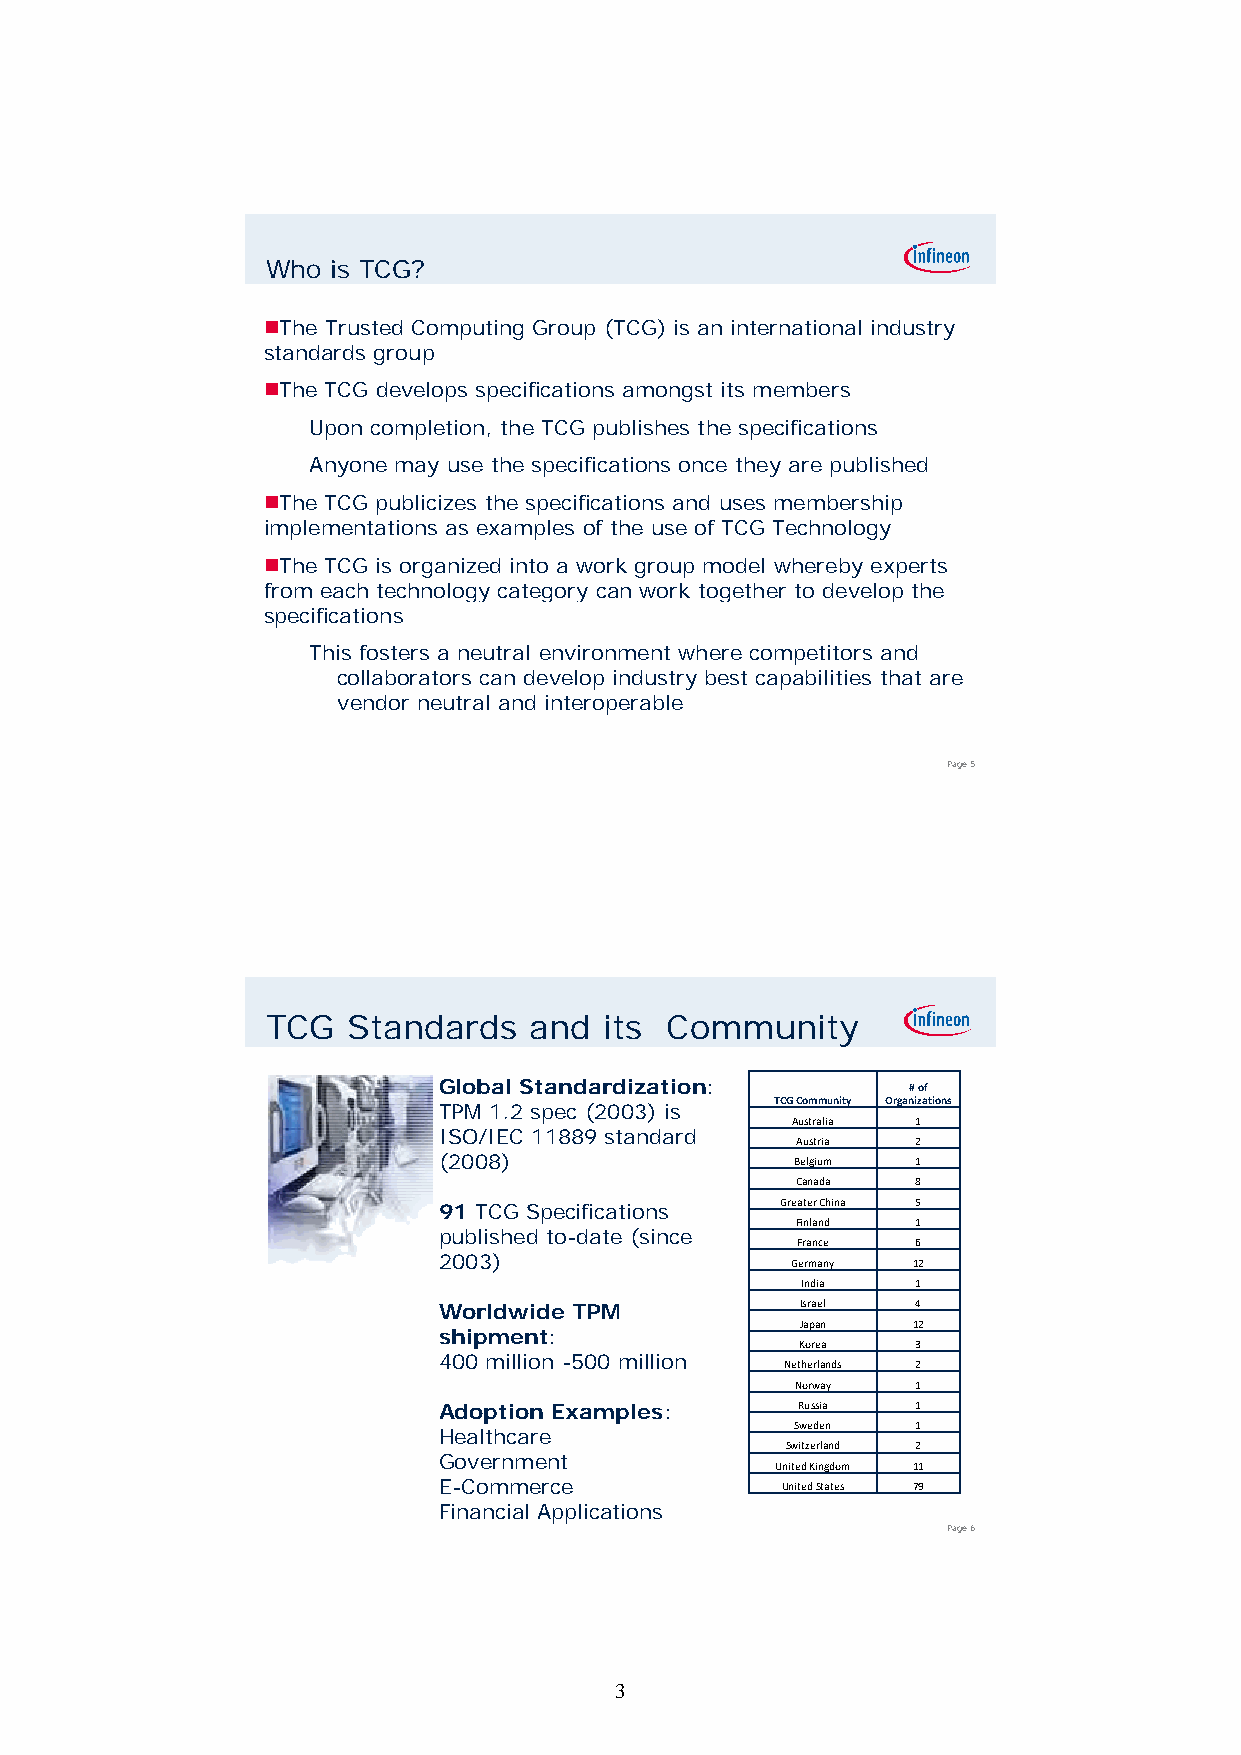
Who is TCG?
 The Trusted Computing Group (TCG) is an international industry
 standards group
 The TCG develops specifications amongst its members
 Upon completion, the TCG publishes the specifications
 Anyone may use the specifications once they are published
 The TCG publicizes the specifications and uses membership
 implementations as examples of the use of TCG Technology
 The TCG is organized into a work group model whereby experts
 ffrroomm eeaacchh tteecchhnnoollooggyy ccaatteeggoorryy ccaann wwoorrkk ttooggeetthheerr ttoo ddeevveelloopp tthhee
 specifications
 This fosters a neutral environment where competitors and
 collaborators can develop industry best capabilities that are
 vendor neutral and interoperable
 Page 5
 TCG  Standards   and  its Community
 Global Standardization:        # of
 TCGCommunity Organizations
 TPM 1.2 spec (2003) is
 Australia 1
 ISO/IEC 11889 standard
 Austria 2
 ((22000088))            Beellggiiuumm 1
 Canada  8
 91 TCG Specifications  Greater China 5
 Finland 1
 published to-date (since
 France  6
 2003)                  Germany 12
 India   1
 Worldwide TPM           Israel  4
 Japan  12
 shipment:
 Korea   3
 400 million -500 million
 Netherlands 2
 Norway  1
 Adoption Examples:      Russia  1
 Sweden  1
 Healthcare
 Switzerland 2
 Government
 United Kingdom 11
 E-Commerce             United States 79
 Financial Applications
 Page 6
 3